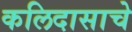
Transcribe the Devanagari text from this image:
कलिदासाचे